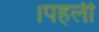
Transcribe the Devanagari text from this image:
।पहली